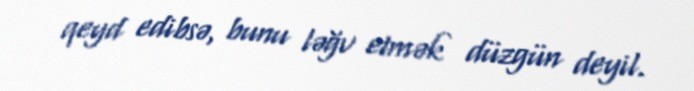
qeyd edibsə, bunu ləğv etmək düzgün deyil.